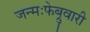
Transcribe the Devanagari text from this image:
जन्मःफेब्रुवारी